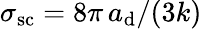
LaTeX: \sigma_{\mathrm{sc}}=8\pi\, a_{\mathrm{d}}/(3k)